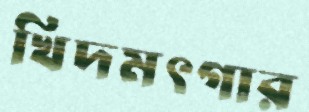
খিদমৎগার